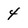
Character: 4